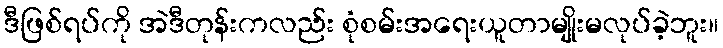
ဒီဖြစ်ရပ်ကို အဲဒီတုန်းကလည်း စုံစမ်းအရေးယူတာမျိုးမလုပ်ခဲ့ဘူး။